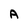
Character: A